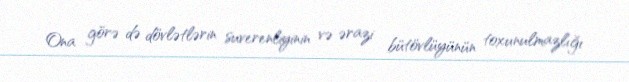
Ona görə də dövlətlərin suverenliyinin və ərazi bütövlüyünün toxunulmazlığı